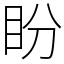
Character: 盼